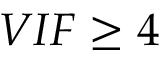
V I F \ge 4